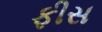
ફીસ